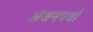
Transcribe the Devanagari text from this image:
अंजनपर्वा